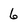
Character: 6